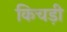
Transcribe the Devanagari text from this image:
किचड़ी